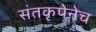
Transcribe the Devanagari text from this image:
संतकृपेनेच